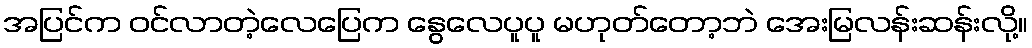
အပြင်က ဝင်လာတဲ့လေပြေက နွေလေပူပူ မဟုတ်တော့ဘဲ အေးမြလန်းဆန်းလို့။